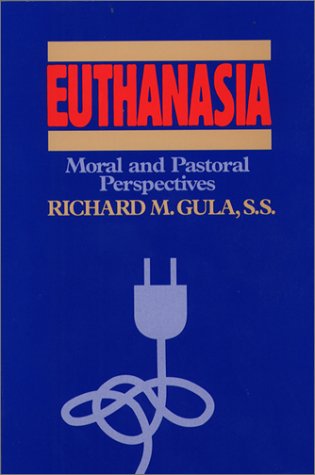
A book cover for Euthanasia: Moral and Pastoral Perspectives; Richard M., Ph.D. Gula; Medical Books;